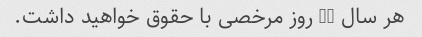
هر سال 10 روز مرخصی با حقوق خواهید داشت.